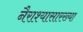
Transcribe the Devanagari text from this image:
नैराश्यासारख्या